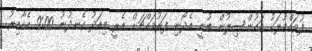
ފުވައްމުލަކު ކައުންސިލުން ބުނީ އެދޯނި ފަރުމައްޗަށް އެރީ މިއަދު ހެނދުނު 9:00 އެހާއިރު